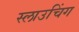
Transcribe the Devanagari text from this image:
स्लाउचिंग